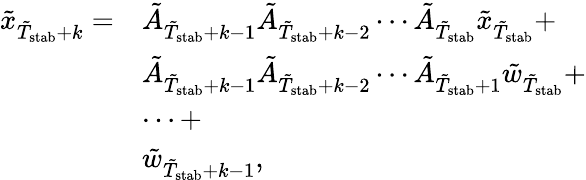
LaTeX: \begin{array}{rl}{\tilde{x}_{\tilde{T}_{\mathrm{stab}}+k}=}&{\tilde{A}_{\tilde{T}_{\mathrm{stab}}+k-1}\tilde{A}_{\tilde{T}_{\mathrm{stab}}+k-2}\cdots\tilde{A}_{\tilde{T}_{\mathrm{stab}}}\tilde{x}_{\tilde{T}_{\mathrm{stab}}}+}\\ &{\tilde{A}_{\tilde{T}_{\mathrm{stab}}+k-1}\tilde{A}_{\tilde{T}_{\mathrm{stab}}+k-2}\cdots\tilde{A}_{\tilde{T}_{\mathrm{stab}}+1}\tilde{w}_{\tilde{T}_{\mathrm{stab}}}+}\\ &{\cdots+}\\ &{\tilde{w}_{\tilde{T}_{\mathrm{stab}}+k-1},}\end{array}